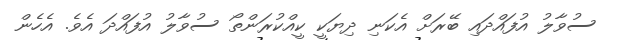
ސުވާލު އުފައްދައި ބޭރަށް އެކަނި ދިޔަކީ ކީއްކުރަންތޯ ސުވާލު އުފައްދަ އެވެ. އެހެން